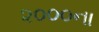
૨૦૦૦ના